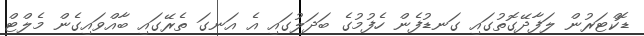
ޑޮކްޓަރުން ލަފާދޭގޮތުގައި ގަނޑުފެން ހެފުމުގެ ބަދަލުގައި އެ އަނގަ ތެރޭގައި ބާއްވައިގެން މެލްޓް